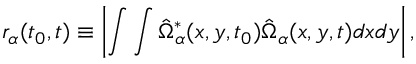
r _ { \alpha } ( t _ { 0 } , t ) \equiv \left| \int \int \hat { \Omega } _ { \alpha } ^ { * } ( x , y , t _ { 0 } ) \hat { \Omega } _ { \alpha } ( x , y , t ) d x d y \right| ,